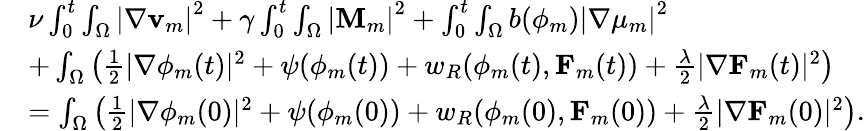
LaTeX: \begin{array}{rl}&{\nu\int_{0}^{t}\int_{\Omega}\left|\nabla\mathbf{v}_{m}\right|^{2}+\gamma\int_{0}^{t}\int_{\Omega}\left|\mathbf{M}_{m}\right|^{2}+\int_{0}^{t}\int_{\Omega}b(\phi_{m})\left|\nabla\mu_{m}\right|^{2}}\\ &{+\int_{\Omega}\left(\frac{1}{2}|\nabla\phi_{m}(t)|^{2}+\psi(\phi_{m}(t))+w_{R}(\phi_{m}(t),\mathbf{F}_{m}(t))+\frac{\lambda}{2}|\nabla\mathbf{F}_{m}(t)|^{2}\right)}\\ &{=\int_{\Omega}\left(\frac{1}{2}|\nabla\phi_{m}(0)|^{2}+\psi(\phi_{m}(0))+w_{R}(\phi_{m}(0),\mathbf{F}_{m}(0))+\frac{\lambda}{2}|\nabla\mathbf{F}_{m}(0)|^{2}\right).}\end{array}